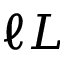
\ell L